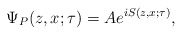
\begin{align*}\Psi _{P}(z,x;\tau )=Ae^{iS(z,x;\tau )}, \end{align*}